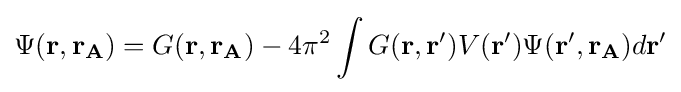
\Psi (\mathbf {r,r_{A}} )=G(\mathbf {r,r_{A}} )-4\pi ^{2}\int G(\mathbf {r,r'} )V(\mathbf {r'} )\Psi (\mathbf {r',r_{A}} )d\mathbf {r'}